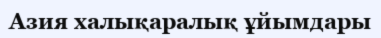
Азия халықаралық ұйымдары